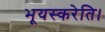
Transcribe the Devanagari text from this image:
भूयस्करेति।